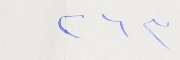
٢٦٣